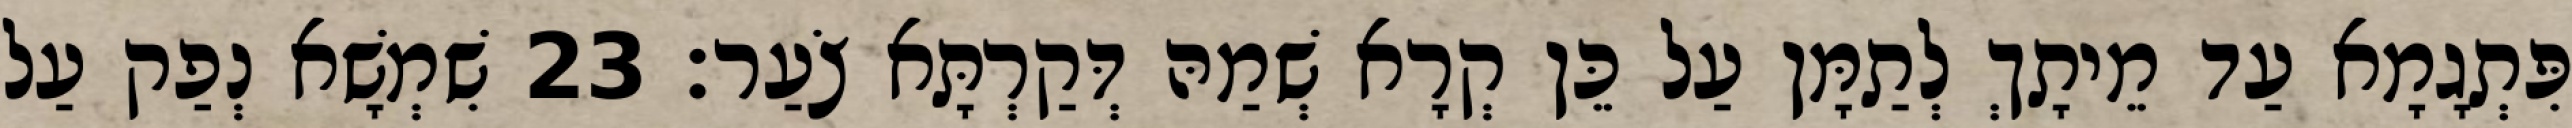
פִּתְגָמָא עַד מֵיתָךְ לְתַמָּן עַל כֵּן קְרָא שְׁמַהּ דְּקַרְתָּא צֹעַר׃ 23 שִׁמְשָׁא נְפַק עַל